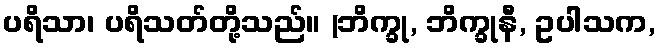
ပရိသာ၊ ပရိသတ်တို့သည်။ (ဘိက္ခု, ဘိက္ခုနီ, ဥပါသက,